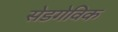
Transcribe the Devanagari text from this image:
सेडगेविक